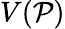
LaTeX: V(\mathcal{P})